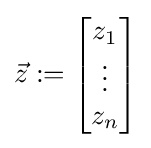
{\vec {z}}:={\begin{bmatrix}z_{1}\\\vdots \\z_{n}\end{bmatrix}}